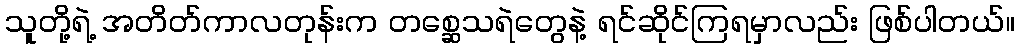
သူတို့ရဲ့ အတိတ်ကာလတုန်းက တစ္ဆေသရဲတွေနဲ့ ရင်ဆိုင်ကြရမှာလည်း ဖြစ်ပါတယ်။